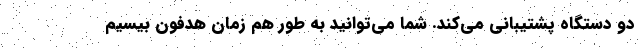
دو دستگاه پشتیبانی می‌کند. شما می‌توانید به طور هم زمان هدفون بیسیم